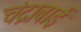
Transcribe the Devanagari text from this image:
चंद्राबाई